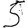
Digit: 5